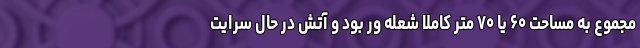
مجموع به مساحت ۶۰ یا ۷۰ متر کاملاً شعله ور بود و آتش در حال سرایت